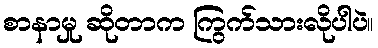
စာနာမှု ဆိုတာက ကြွက်သားလိုပါပဲ။